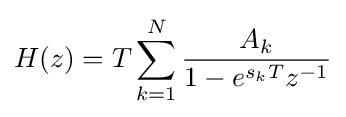
H(z)=T\sum _{k=1}^{N}{\frac {A_{k}}{1-e^{s_{k}T}z^{-1}}}